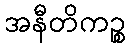
အနီတိကဉ္စ